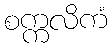
စက္ကလိကံ